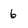
Character: 6